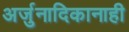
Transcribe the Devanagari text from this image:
अर्जुनादिकानाही